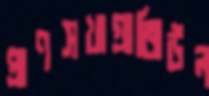
প্রাণসখাগ্রাজিউল